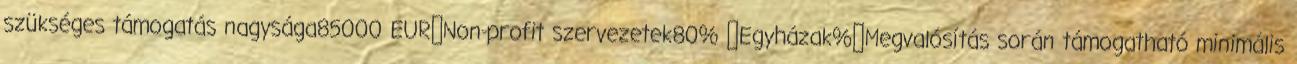
szükséges támogatás nagysága85000 EUR▪Non-profit szervezetek80% ▪Egyházak%▪Megvalósítás során támogatható minimális